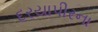
દરયાપીરના